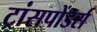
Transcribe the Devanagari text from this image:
ट्रांसपोंडर्स